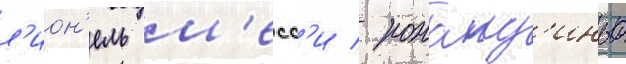
л'ион'ель м'есс'и / роналд'иньо